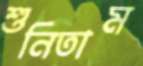
শুনিতাম